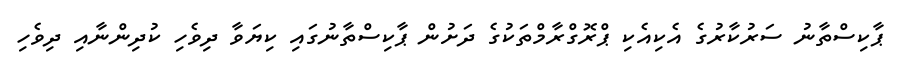
ޕާކިސްތާނު ސަރުކާރުގެ އެކިއެކި ޕްރޮގްރާމްތަކުގެ ދަށުން ޕާކިސްތާނުގައި ކިޔަވާ ދިވެހި ކުދިންނާއި ދިވެހި